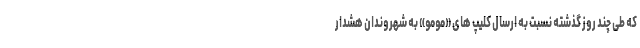
که طی چند روز گذشته نسبت به ارسال کلیپ های «مومو» به شهروندان هشدار